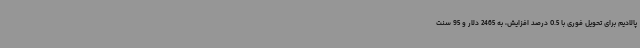
پالادیم برای تحویل فوری با 0.5 درصد افزایش، به 2465 دلار و 95 سنت